Lunatic asylums in Bengal annual reports 1899-1911 - 1899-1911
Year: 1899
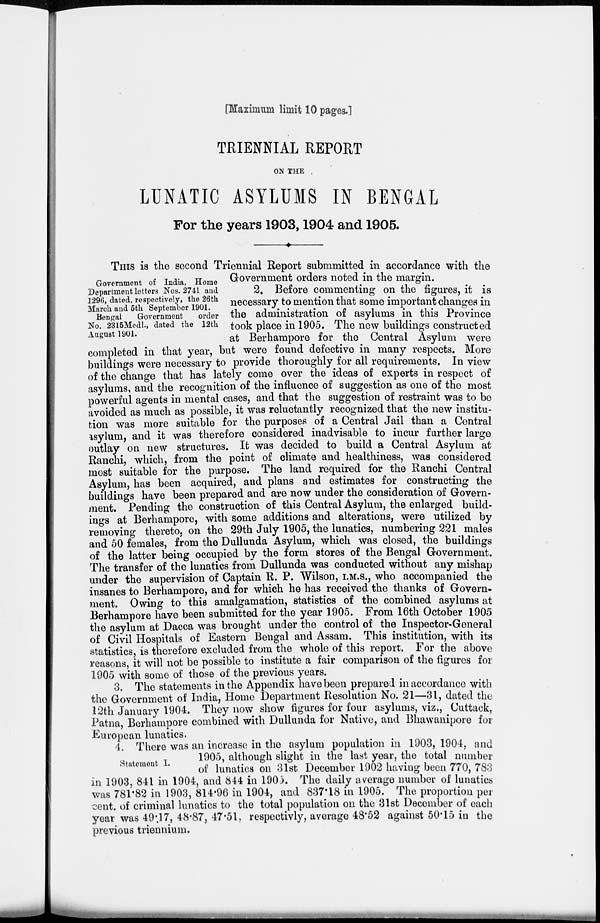
[Maximum limit 10 pages.]
TRIENNIAL REPORT
ON THE
LUNATIC ASYLUMS IN BENGAL
For the years 1903,1904 and 1905.
THIS is the second Triennial Report submitted in accordance with the
Government orders noted in the margin.
Government of India, Home
Department letters Nos. 2741 and
1296, dated, respectively, the 26th
March and 5th September 1901.
Bengal
Government
order
No. 2315Medl., dated the 12th
August 1901.
2. Before commenting on the figures, it is
necessary to mention that some important changes in
the administration of asylums in this Province
took place in 1905. The new buildings constructed
at Berhampore for the Central Asylum were
completed in that year, but were found defective in many respects. More
buildings were necessary to provide thoroughly for all requirements. In view
of the change that has lately come over the ideas of experts in respect of
asylums, and the recognition of the influence of suggestion as one of the most
powerful agents in mental cases, and that the suggestion of restraint was to be
avoided as much as possible, it was reluctantly recognized that the new institu-
tion was more suitable for the purposes of a Central Jail than a Central
asylum, and it was therefore considered inadvisable to incur further large
outlay on new structures. It was decided to build a Central Asylum at
Ranchi which, from the point of climate and healthiness, was considered
most suitable for the purpose. The land required for the Ranchi Central
Asylum, has been acquired, and plans and estimates for constructing the
buildings have been prepared and are now under the consideration of Govern-
ment. Pending the construction of this Central Asylum, the enlarged build-
ings at Berhampore, with some additions and alterations, were utilized by
removing thereto, on the 29th July 1905, the lunatics, numbering 221 males
and 50 females, from the Dullunda Asylum, which was closed, the buildings
of the latter being occupied by the form stores of the Bengal Government.
The transfer of the lunatics from Dullunda was conducted without any mishap
under the supervision of Captain R. P. Wilson, I.M.S., who accompanied the
insanes to Berhampore, and for which he has received the thanks of Govern-
ment. Owing to this amalgamation, statistics of the combined asylums at
Berhampore have been submitted for the year 1905. From 16th October 1905
the asylum at Dacca was brought under the control of the Inspector-General
of Civil Hospitals of Eastern Bengal and Assam. This institution, with its
statistics, is therefore excluded from the whole of this report. For the above
reasons, it will not be possible to institute a fair comparison of the figures for
1905 with some of those of the previous years.
3. The statements in the Appendix have been prepared in accordance with
the Government of India, Home Department Resolution No. 21—31, dated the
12th January 1904. They now show figures for four asylums, viz., Cuttack,
Patna, Berhampore combined with Dullunda for Native, and Bhawanipore for
European lunatics.
Statement I.
4. There was an increase in the asylum population in 1903, 1904, and
1905, although slight in the last year, the total number
of lunatics on 31st December 1902 having been 770, 783
in 1903, 841 in 1904, and 844 in 1905. The daily average number of lunatics
was 781.82 in 1903, 814.96 in 1904, and 837.18 in 1905. The proportion per
cent. of criminal lunatics to the total population on the 31st December of each
year was 49.17, 48.87, 47.51, respectivly, average 48.52 against 50.15 in the
previous triennium.